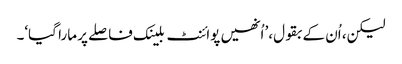
لیکن، اُن کے بقول،’ اُنھیں پوائنٹ بلینک فاصلے پر مارا گیا‘۔